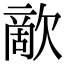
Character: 歒